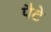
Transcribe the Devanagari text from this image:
पैटे